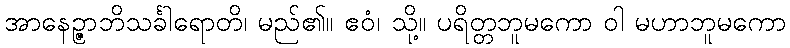
အာနေဉ္ဇာဘိသင်္ခါရောတိ၊ မည်၏။ ဧဝံ၊ သို့။ ပရိတ္တဘူမကော ဝါ မဟာဘူမကော